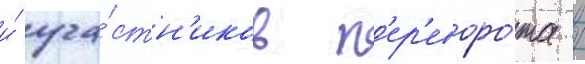
и́ уча́стн'иков п'ер'еворо́та /